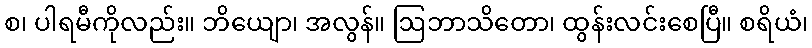
စ၊ ပါရမီကိုလည်း။ ဘိယျော၊ အလွန်။ ဩဘာသိတော၊ ထွန်းလင်းစေပြီ။ စရိယံ၊